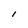
Character: l